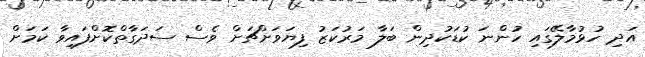
އަދި ހުޅުމާލޭގައި ހުންނަ ކުޑަކުދިން ބަލާ މަރުކަޒު ފިޔަވަށްޗަށް ވެސް ސަދަގާތްކޮށްފައިވާ ކަމަށް